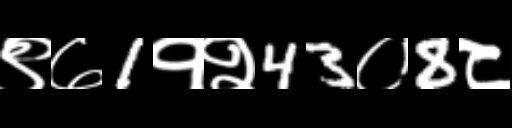
Text: ९७1१२43०8८